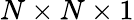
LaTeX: N\times N\times 1